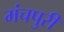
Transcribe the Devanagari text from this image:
मंचपुरी